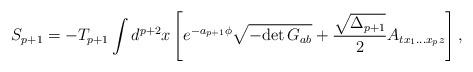
LaTeX: \begin{align*}S_{p+1}=-T_{p+1}\int d^{p+2}x\left[e^{-a_{p+1}\phi}\sqrt{-{\rm det}\,G_{ab}}+{\sqrt{\Delta_{p+1}}\over 2}A_{tx_1...x_pz}\right],\end{align*}